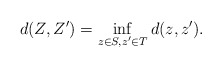
\begin{align*} d(Z,Z') = \inf_{z\in S,z'\in T}d(z,z').\end{align*}